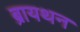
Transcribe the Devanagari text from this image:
ब्रायथन